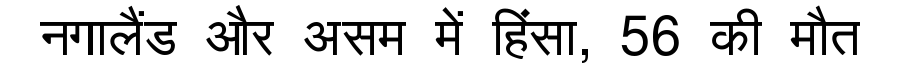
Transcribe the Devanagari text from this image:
नगालैंड और असम में हिंसा, 56 की मौत